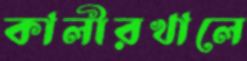
কালীরখালে